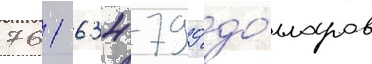
761 634 799 до́лларов